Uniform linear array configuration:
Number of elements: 64
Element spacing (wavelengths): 1
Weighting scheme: uniform
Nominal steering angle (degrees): -15
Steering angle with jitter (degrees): -13.07
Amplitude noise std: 0.05
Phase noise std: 0.05

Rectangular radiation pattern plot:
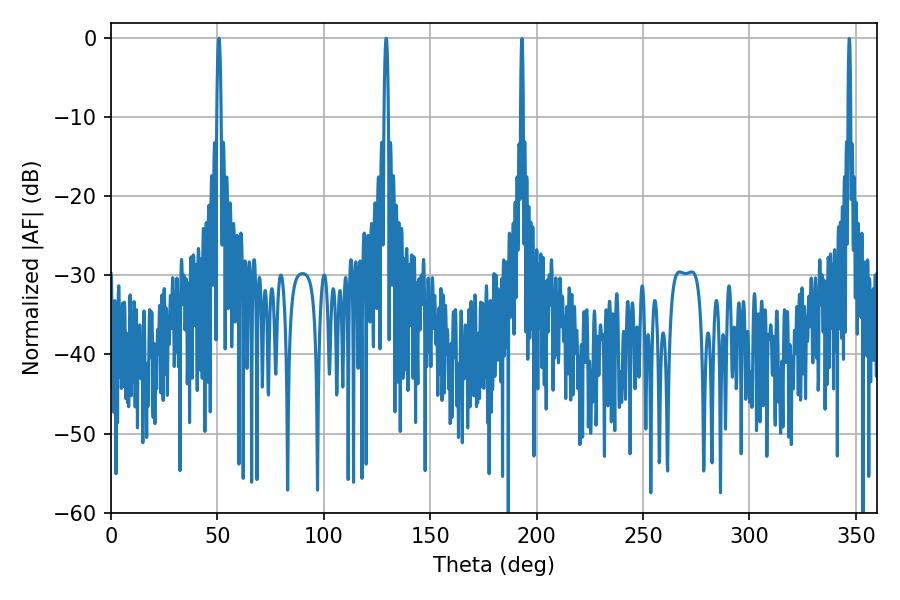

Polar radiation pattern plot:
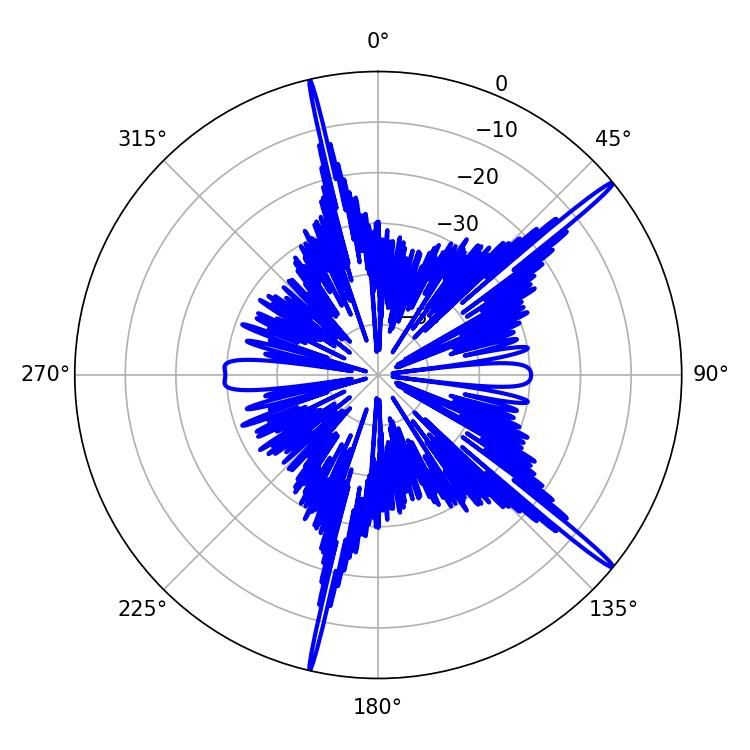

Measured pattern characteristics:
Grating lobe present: TRUE
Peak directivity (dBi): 18.105
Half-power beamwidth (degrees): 1.08
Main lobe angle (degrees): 50.76